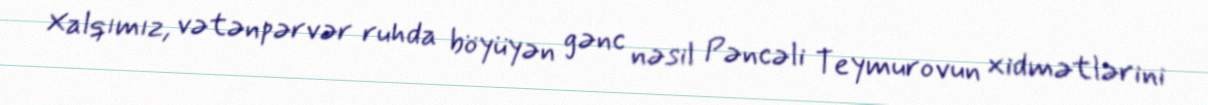
Xalqımız, vətənpərvər ruhda böyüyən gənc nəsil Pəncəli Teymurovun xidmətlərini